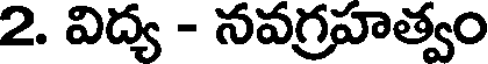
2. విద్య - నవగ్రహత్వం